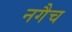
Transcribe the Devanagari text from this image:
नगैच